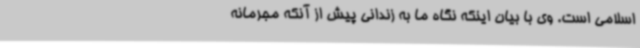
اسلامی است. وی با بیان اینکه نگاه ما به زندانی پیش از آنکه مجرمانه